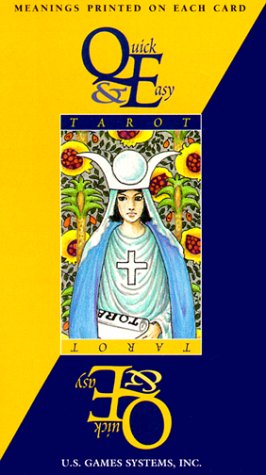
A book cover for Quick & Easy Tarot; Pamela Colman Smith; Religion & Spirituality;